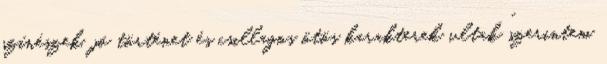
színészek, jó történet és csillagos ötös karakterek vltak “szerintem